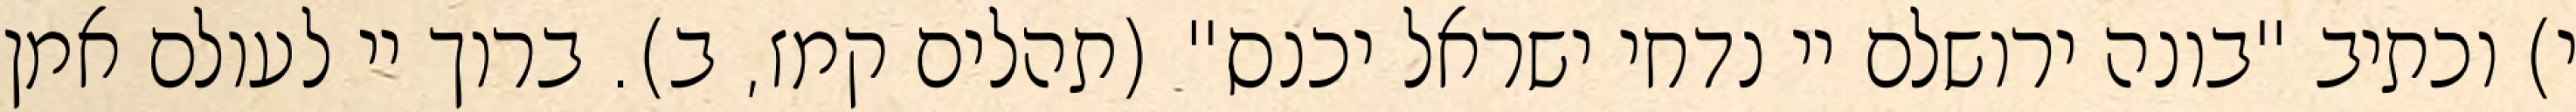
י) וכתיב "בונה ירושלם יי נדחי ישראל יכנס" (תהלים קמז, ב). ברוך יי לעולם אמן